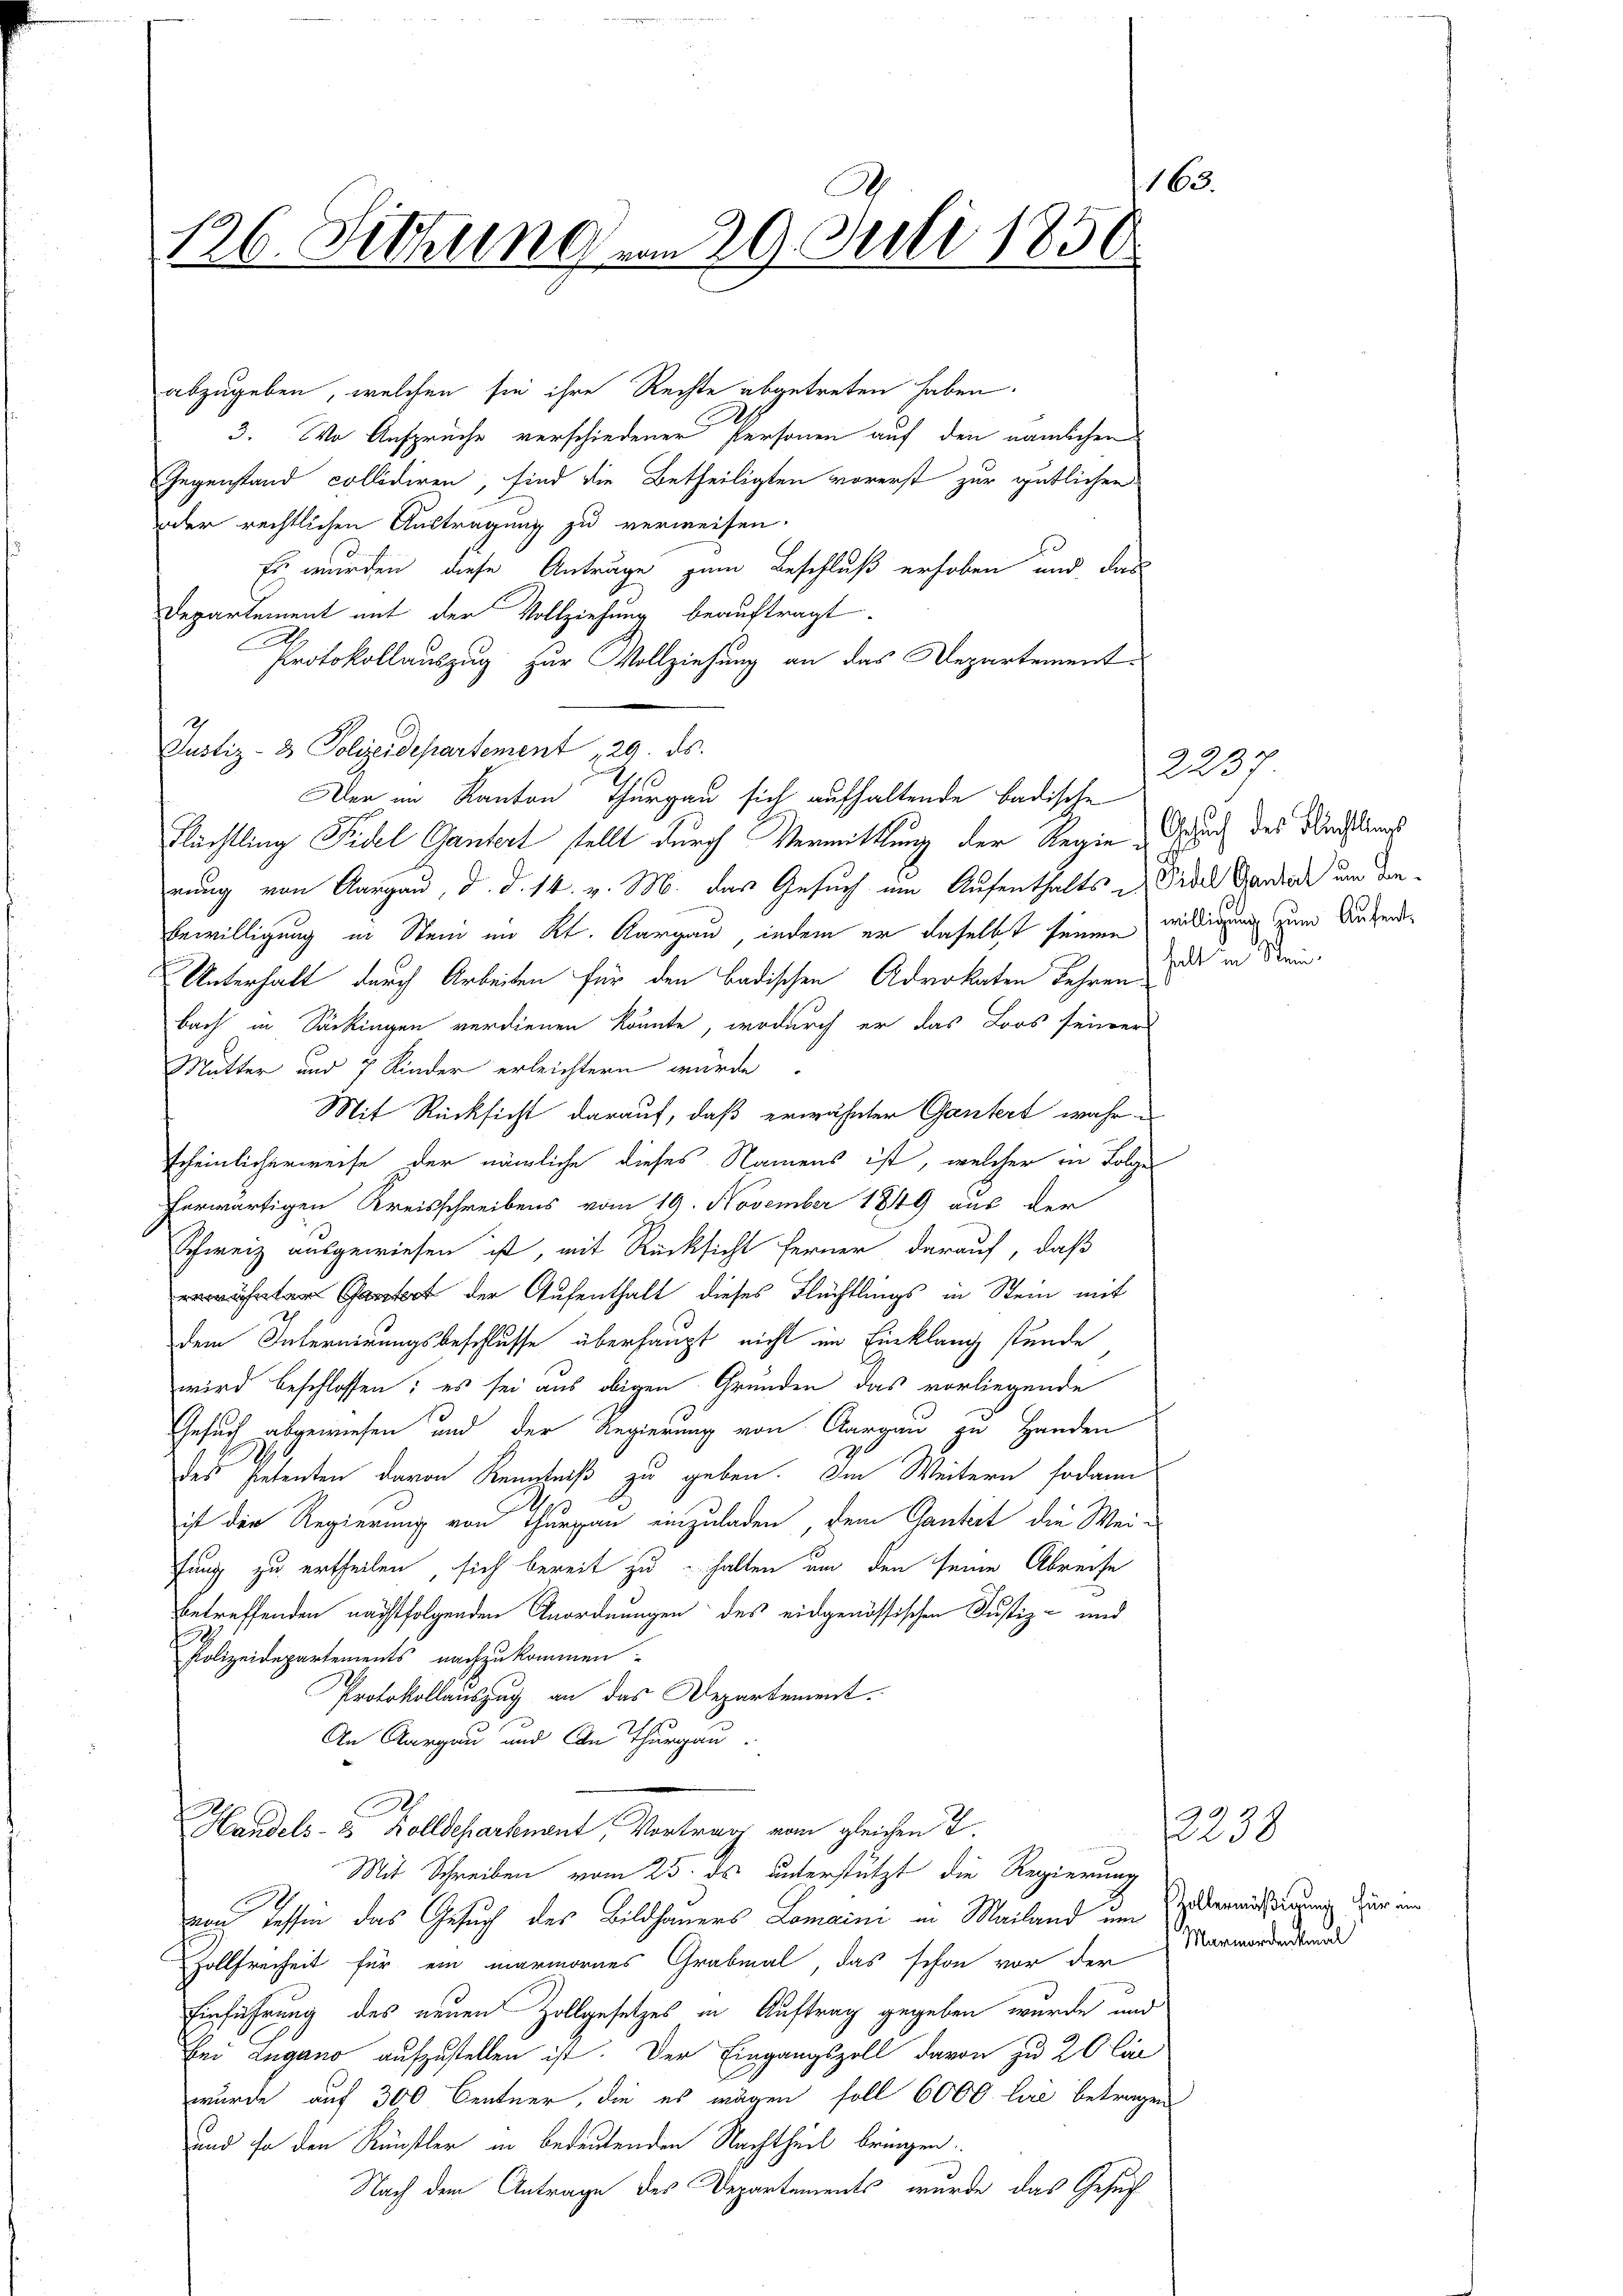
163.
126. Sitzung vom 29. Juli 1850

abzugeben, welchen sie ihre Rechte abgetreten haben.
3. Wo Ansprüche verschiedener Personen auf den nämlichen
Gegenstand collidiren, sind die Betheiligten vorerst zur gütlichen
der rechtlichen Austragung zu verweisen.
Es wurden, diese Anträge zum Beschluß erhoben und das
Departement mit der Vollziehung beauftragt.
Protokollauszug zur Vollziehung an das Departement¬
Justiz- & Polizeidepartement 29. ds.
Der im Kanton Thurgau sich aufhaltende badische
Pächtling Fidel Gantert stellt durch Vermittlung der Regie
rung von Aargau, d. d. 14. v. M. das Gesuch um Aufenthalts u. Fidel Candide um den¬
Bewilligung in Stein im Kt. Aargau, indem er daselbst seinen willigung zum Aufend
Unterhalt durch Arbeiten für den Badischen Advokaten Jahren, als in drinbach in Säckingen verdienen könnte, wodurch er das Loos seiner
Mutter und 7 Kinder erleichtern würde
Mit Rücksicht darauf, daß erwähnter Gantert wahre
scheinlicherweise der nämliche dieses Namens ist, welcher in Folge
herwärtigen Kreisschreibens vom 19. November 1849 aus der
Schweiz ausgewiesen ist, mit Rücksicht ferner darauf, daß
 der Aufenthalt dieses Flüchtlings in Stein mit
dem Internirungsbeschlusse überhaupt nicht im Einklang stunde
wird beschlossen: es sei aus obigen Grunden das vorliegende
Gesuch abgewiesen und der Regierung von Aargau zu Handen
des Petenten davon Kenntniß zu geben. Im Weitern sodann
des
ist die Regierung von Thurgau einzuladen, dem Ganteit die Weifung zu ertheilen, sich bereit zu halten um den seine Abreise
betreffenden nächstfolgenden Anordnungen des eidgenössischen Justiz- und
Polizeidepartements nachzukommen:
Protokollauszug an das Departement
An Aargau und An Thurgau.
Handels- & Zolldepartement, Vortrag vom gleichen T.
Mit Schreiben vom 25. ds unterstützt die Regierung
non dessin das Gesuch des Bildhauers Lomaini in Mailand um übermissingung für im
Hollfreiheit für ein marmornes Grabmal, das schon vor der Marmordenstand
Einführung des neuen Zollgesetzes in Auftrag gegeben wurde und
bei Lugano aufzustellen ist. Der Eingangszoll davon zu 20 li
wurde auf 300 Centner, die es mögen soll 6000 lie betragen
und so den Künstler in bedeutenden Nachtheil bringen.
Nach dem Antrage des Departements, wurde das Gesuch

2237
Gesuch des Flechtlings

2230